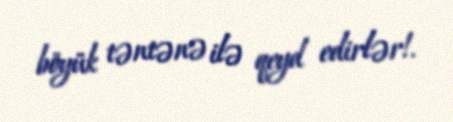
böyük təntənə ilə qeyd edirlər!.